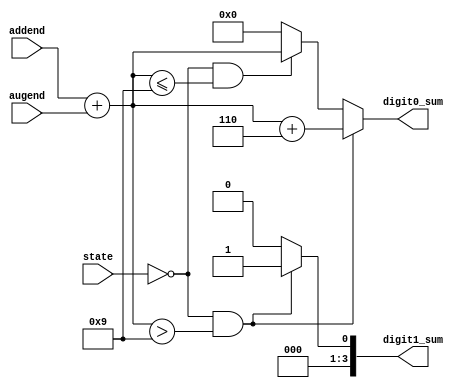
`timescale 1ns / 1ps
//////////////////////////////////////////////////////////////////////////////////
// Company: 
// Engineer: 
// 
// Design Name: 
// Module Name: Adder
// Project Name: 
// Target Devices: 
// Tool Versions: 
// Description: 
// 
// Dependencies: 
// 
// Revision:
// Revision 0.01 - File Created
// Additional Comments:
// 
//////////////////////////////////////////////////////////////////////////////////


module Adder(
    input [3:0] addend,
    input [3:0] augend,
    input [2:0] state,
    output reg [3:0] digit1_sum,
    output reg [3:0] digit0_sum
    );
    
    
    always@*
    begin
        if((state==3'b000)&&(addend + augend > 4 'd9))
        begin
            digit1_sum = 4'd1;
            digit0_sum = addend + augend + 4'd6;
        end
        else if((state==3'b000)&&(addend + augend <= 4 'd9))
        begin
            digit1_sum = 4'd0;
            digit0_sum = addend + augend; 
        end
        else 
        begin
            digit1_sum = 4'd0;
            digit0_sum = 4'd0; 
        end
    end
    
endmodule